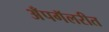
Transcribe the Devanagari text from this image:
अँपगॅलरीत